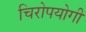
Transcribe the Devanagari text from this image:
चिरोपयोगी